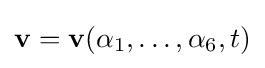
\mathbf {v} =\mathbf {v} (\alpha _{1},\dots ,\alpha _{6},t)